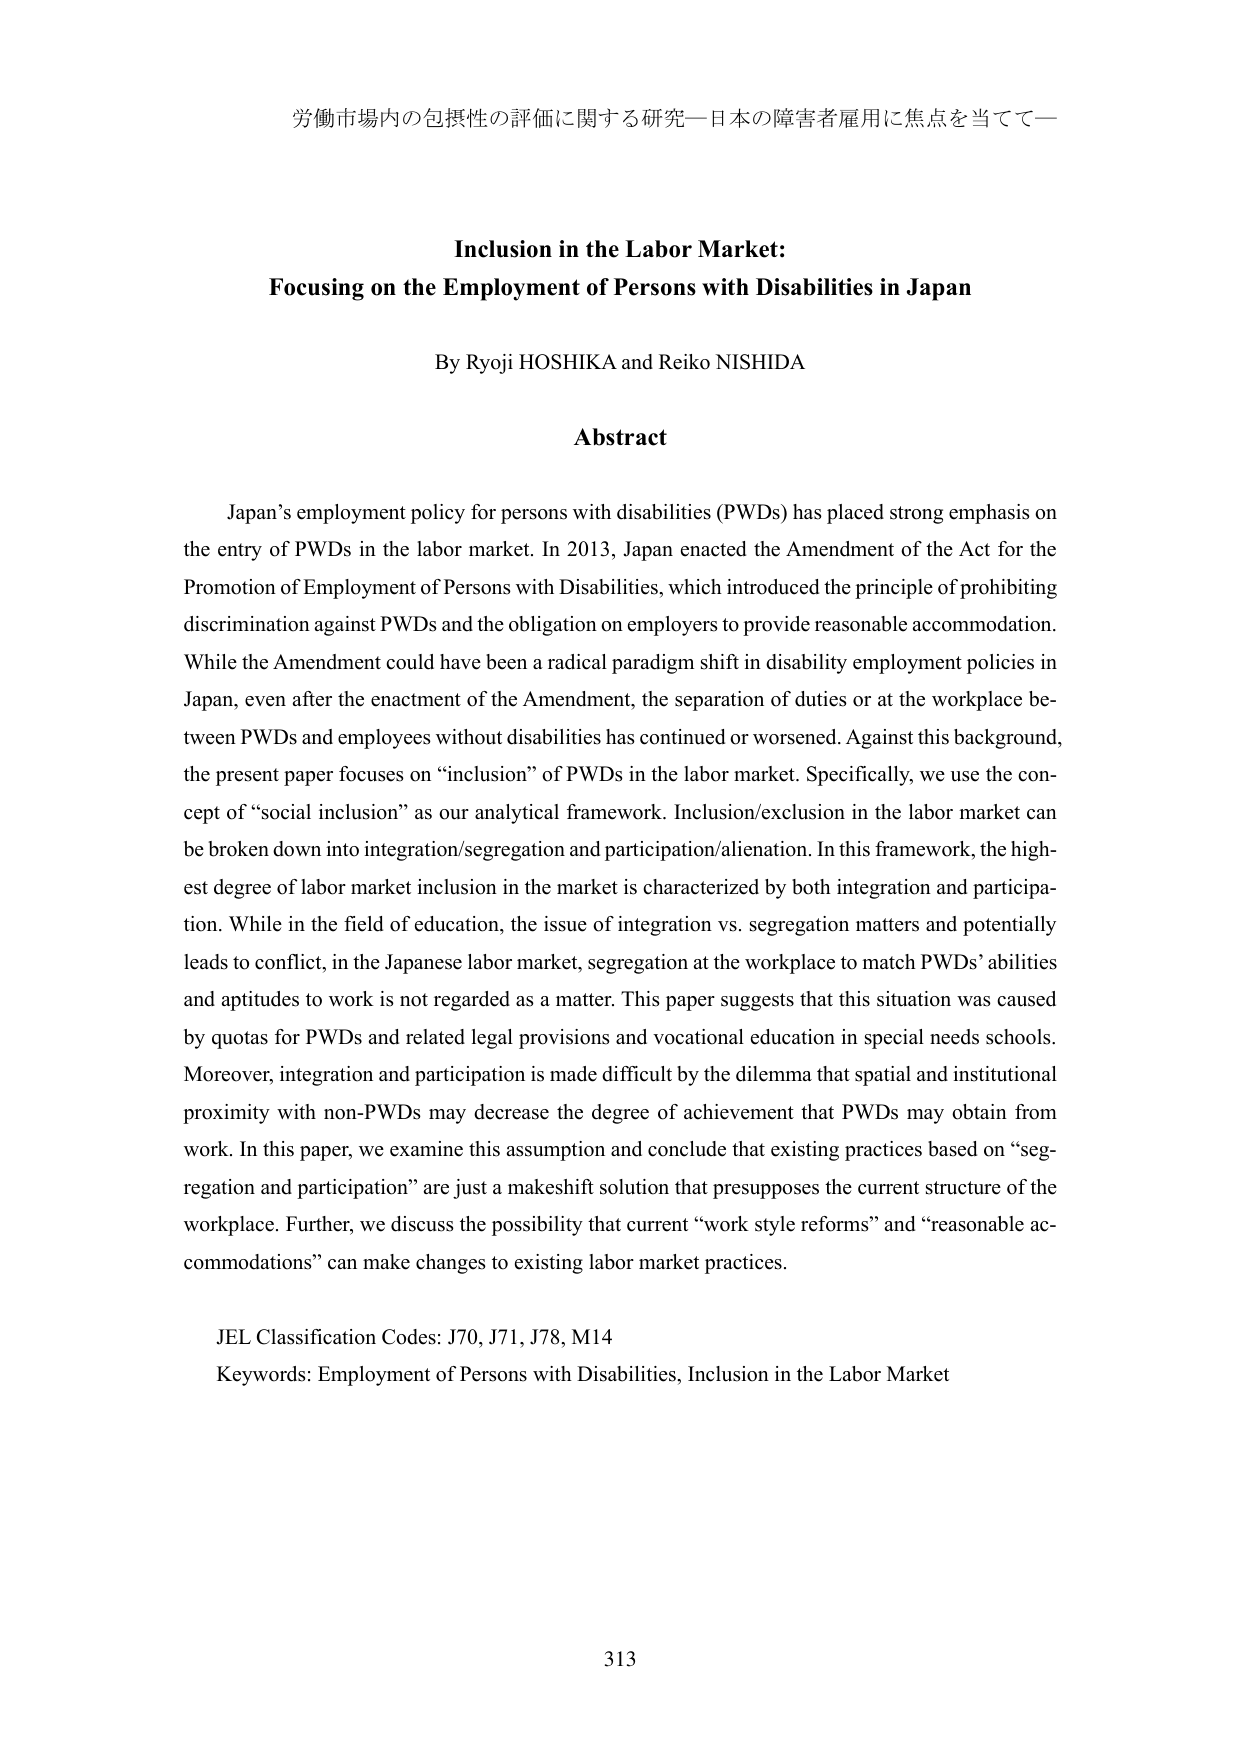
労働市場内の包摂性の評価に関する研究―日本の障害者雇用に焦点を当てて―

Inclusion in the Labor Market:
Focusing on the Employment of Persons with Disabilities in Japan

By Ryoji HOSHIKA and Reiko NISHIDA

Abstract

Japan’s employment policy for persons with disabilities (PWDs) has placed strong emphasis on the entry of PWDs in the labor market. In 2013, Japan enacted the Amendment of the Act for the Promotion of Employment of Persons with Disabilities, which introduced the principle of prohibiting discrimination against PWDs and the obligation on employers to provide reasonable accommodation. While the Amendment could have been a radical paradigm shift in disability employment policies in Japan, even after the enactment of the Amendment, the separation of duties or at the workplace between PWDs and employees without disabilities has continued or worsened. Against this background, the present paper focuses on “inclusion” of PWDs in the labor market. Specifically, we use the concept of “social inclusion” as our analytical framework. Inclusion/exclusion in the labor market can be broken down into integration/segregation and participation/alienation. In this framework, the highest degree of labor market inclusion in the market is characterized by both integration and participation. While in the field of education, the issue of integration vs. segregation matters and potentially leads to conflict, in the Japanese labor market, segregation at the workplace to match PWDs’ abilities and aptitudes to work is not regarded as a matter. This paper suggests that this situation was caused by quotas for PWDs and related legal provisions and vocational education in special needs schools. Moreover, integration and participation is made difficult by the dilemma that spatial and institutional proximity with non-PWDs may decrease the degree of achievement that PWDs may obtain from work. In this paper, we examine this assumption and conclude that existing practices based on “segregation and participation” are just a makeshift solution that presupposes the current structure of the workplace. Further, we discuss the possibility that current “work style reforms” and “reasonable accommodations” can make changes to existing labor market practices.

JEL Classification Codes: J70, J71, J78, M14
Keywords: Employment of Persons with Disabilities, Inclusion in the Labor Market

313